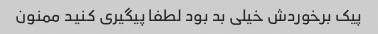
پیک برخوردش خیلی بد بود لطفا پیگیری کنید ممنون